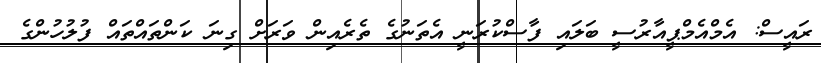
ރައީސް: އެމްއެމްޕީއާރުސީ ބަލައި ފާސްކުރަނީ އެތަނުގެ ތެރެއިން ވަރަށް ގިނަ ކަންތައްތައް ފުލުހުންގެ